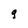
Character: q